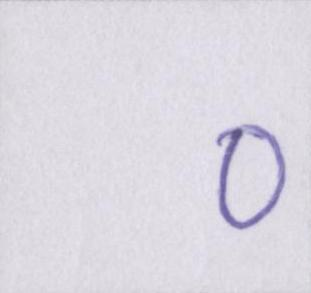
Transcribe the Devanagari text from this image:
०